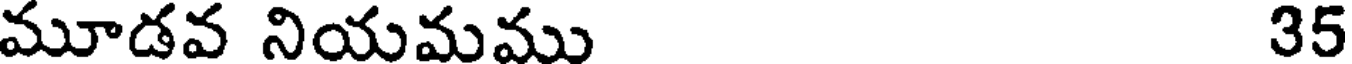
మూడవ నియమము 35